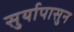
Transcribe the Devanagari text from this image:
सुर्यापासुन